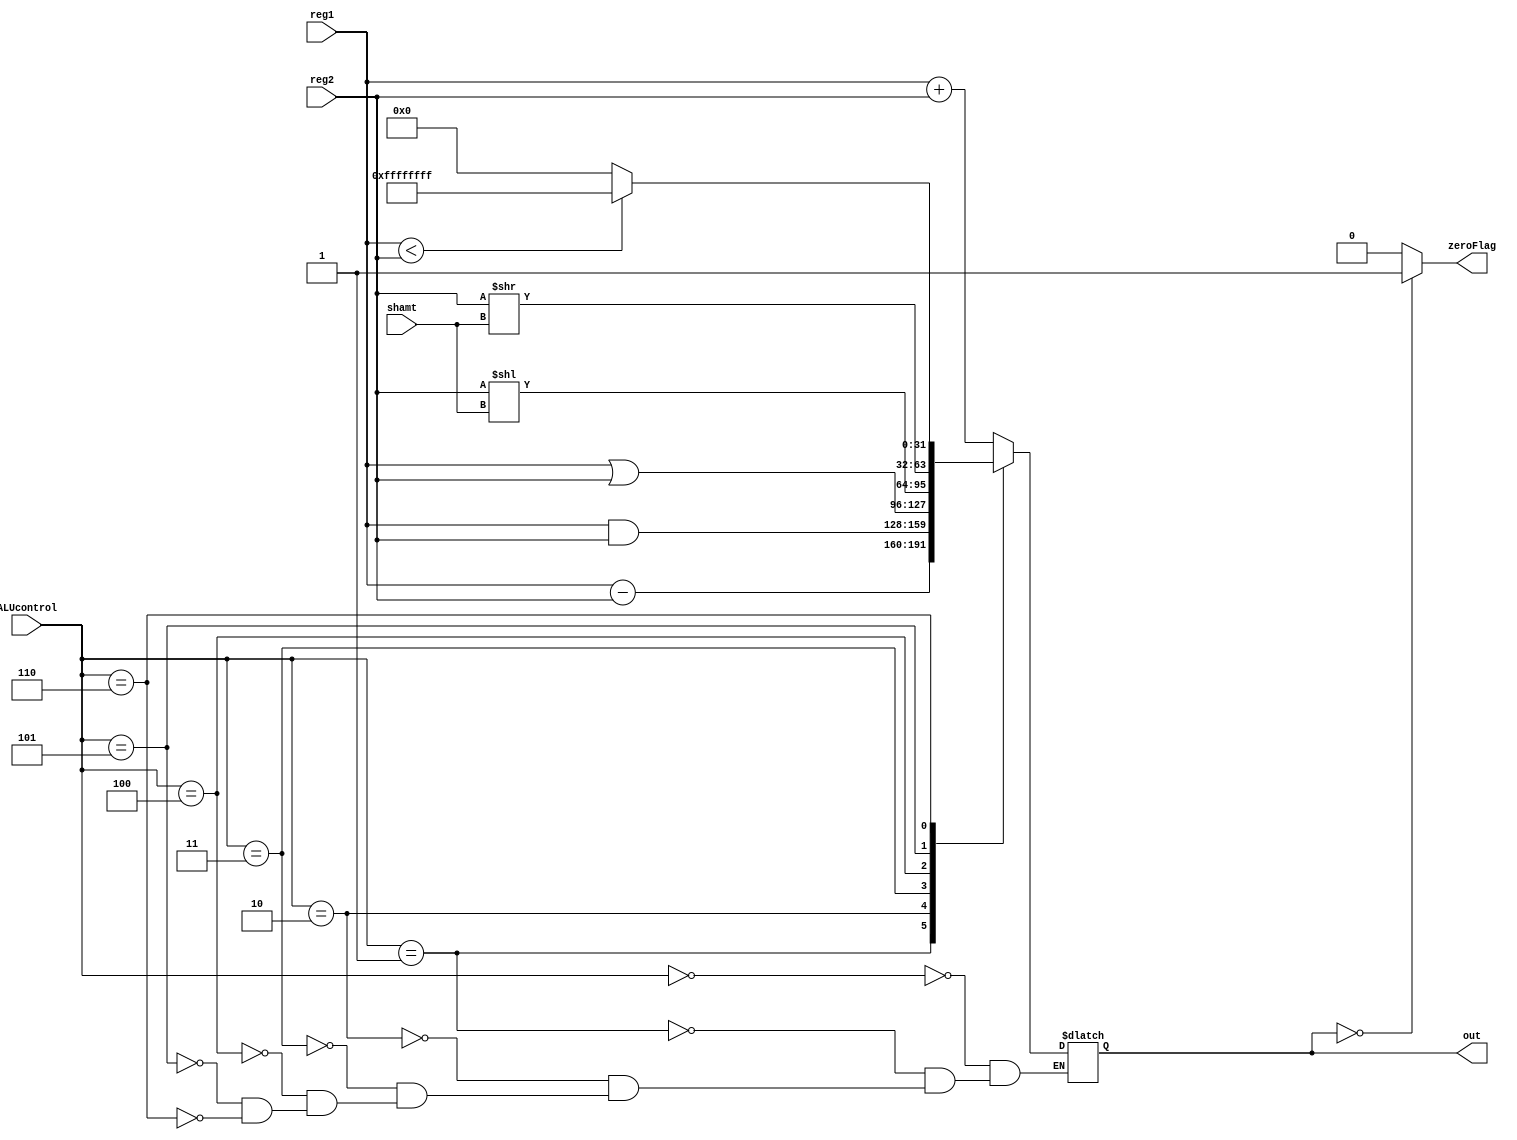
module ALU(zeroFlag,out,reg1,reg2,ALUcontrol,shamt);
 
input [31:0] reg1,reg2;
input [2:0] ALUcontrol; 
input [4:0] shamt;

output reg [31:0] out;
output reg zeroFlag;
 
 
always @ (reg1, reg2, ALUcontrol)
begin
    case (ALUcontrol)
        0: out = reg1 + reg2;
        1: out = reg1 - reg2;
        2: out = reg1 & reg2;
        3: out = reg1 | reg2;
        4: out = reg2 << shamt;
        5: out = reg2 >> shamt;
        6: out = reg1<reg2? 32'b11111111111111111111111111111111:32'b0;
    endcase
end
 
always @ (out)
begin
    zeroFlag = (out == 0)? 1:0;
end
 
endmodule